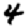
Digit: 4